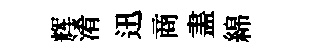
辉淆迅商𥁞綿